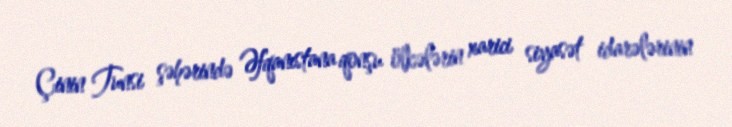
Çinin Tunsi şəhərində Əfqanıstana qonşu ölkələrin xarici siyasət idarələrinin